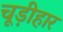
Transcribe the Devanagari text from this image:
चूड़ीहार